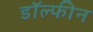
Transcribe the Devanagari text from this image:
डॉल्‍फीन